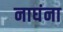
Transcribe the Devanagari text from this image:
नाघंना